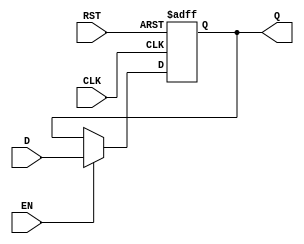
module DataRegister #(parameter WIDTH = 8) (
    input wire [WIDTH-1:0] D,     // Data Input
    input wire CLK,                // Clock Input
    input wire RST,                // Reset Input (Asynchronous)
    input wire EN,                 // Enable Input
    output reg [WIDTH-1:0] Q       // Data Output
);

// Asynchronous reset and capturing data on clock edge with enable
always @(posedge CLK or posedge RST) begin
    if (RST) begin
        Q <= 0;                    // Clear register on reset
    end else if (EN) begin
        Q <= D;                    // Capture data on clock edge if enabled
    end
end

endmodule